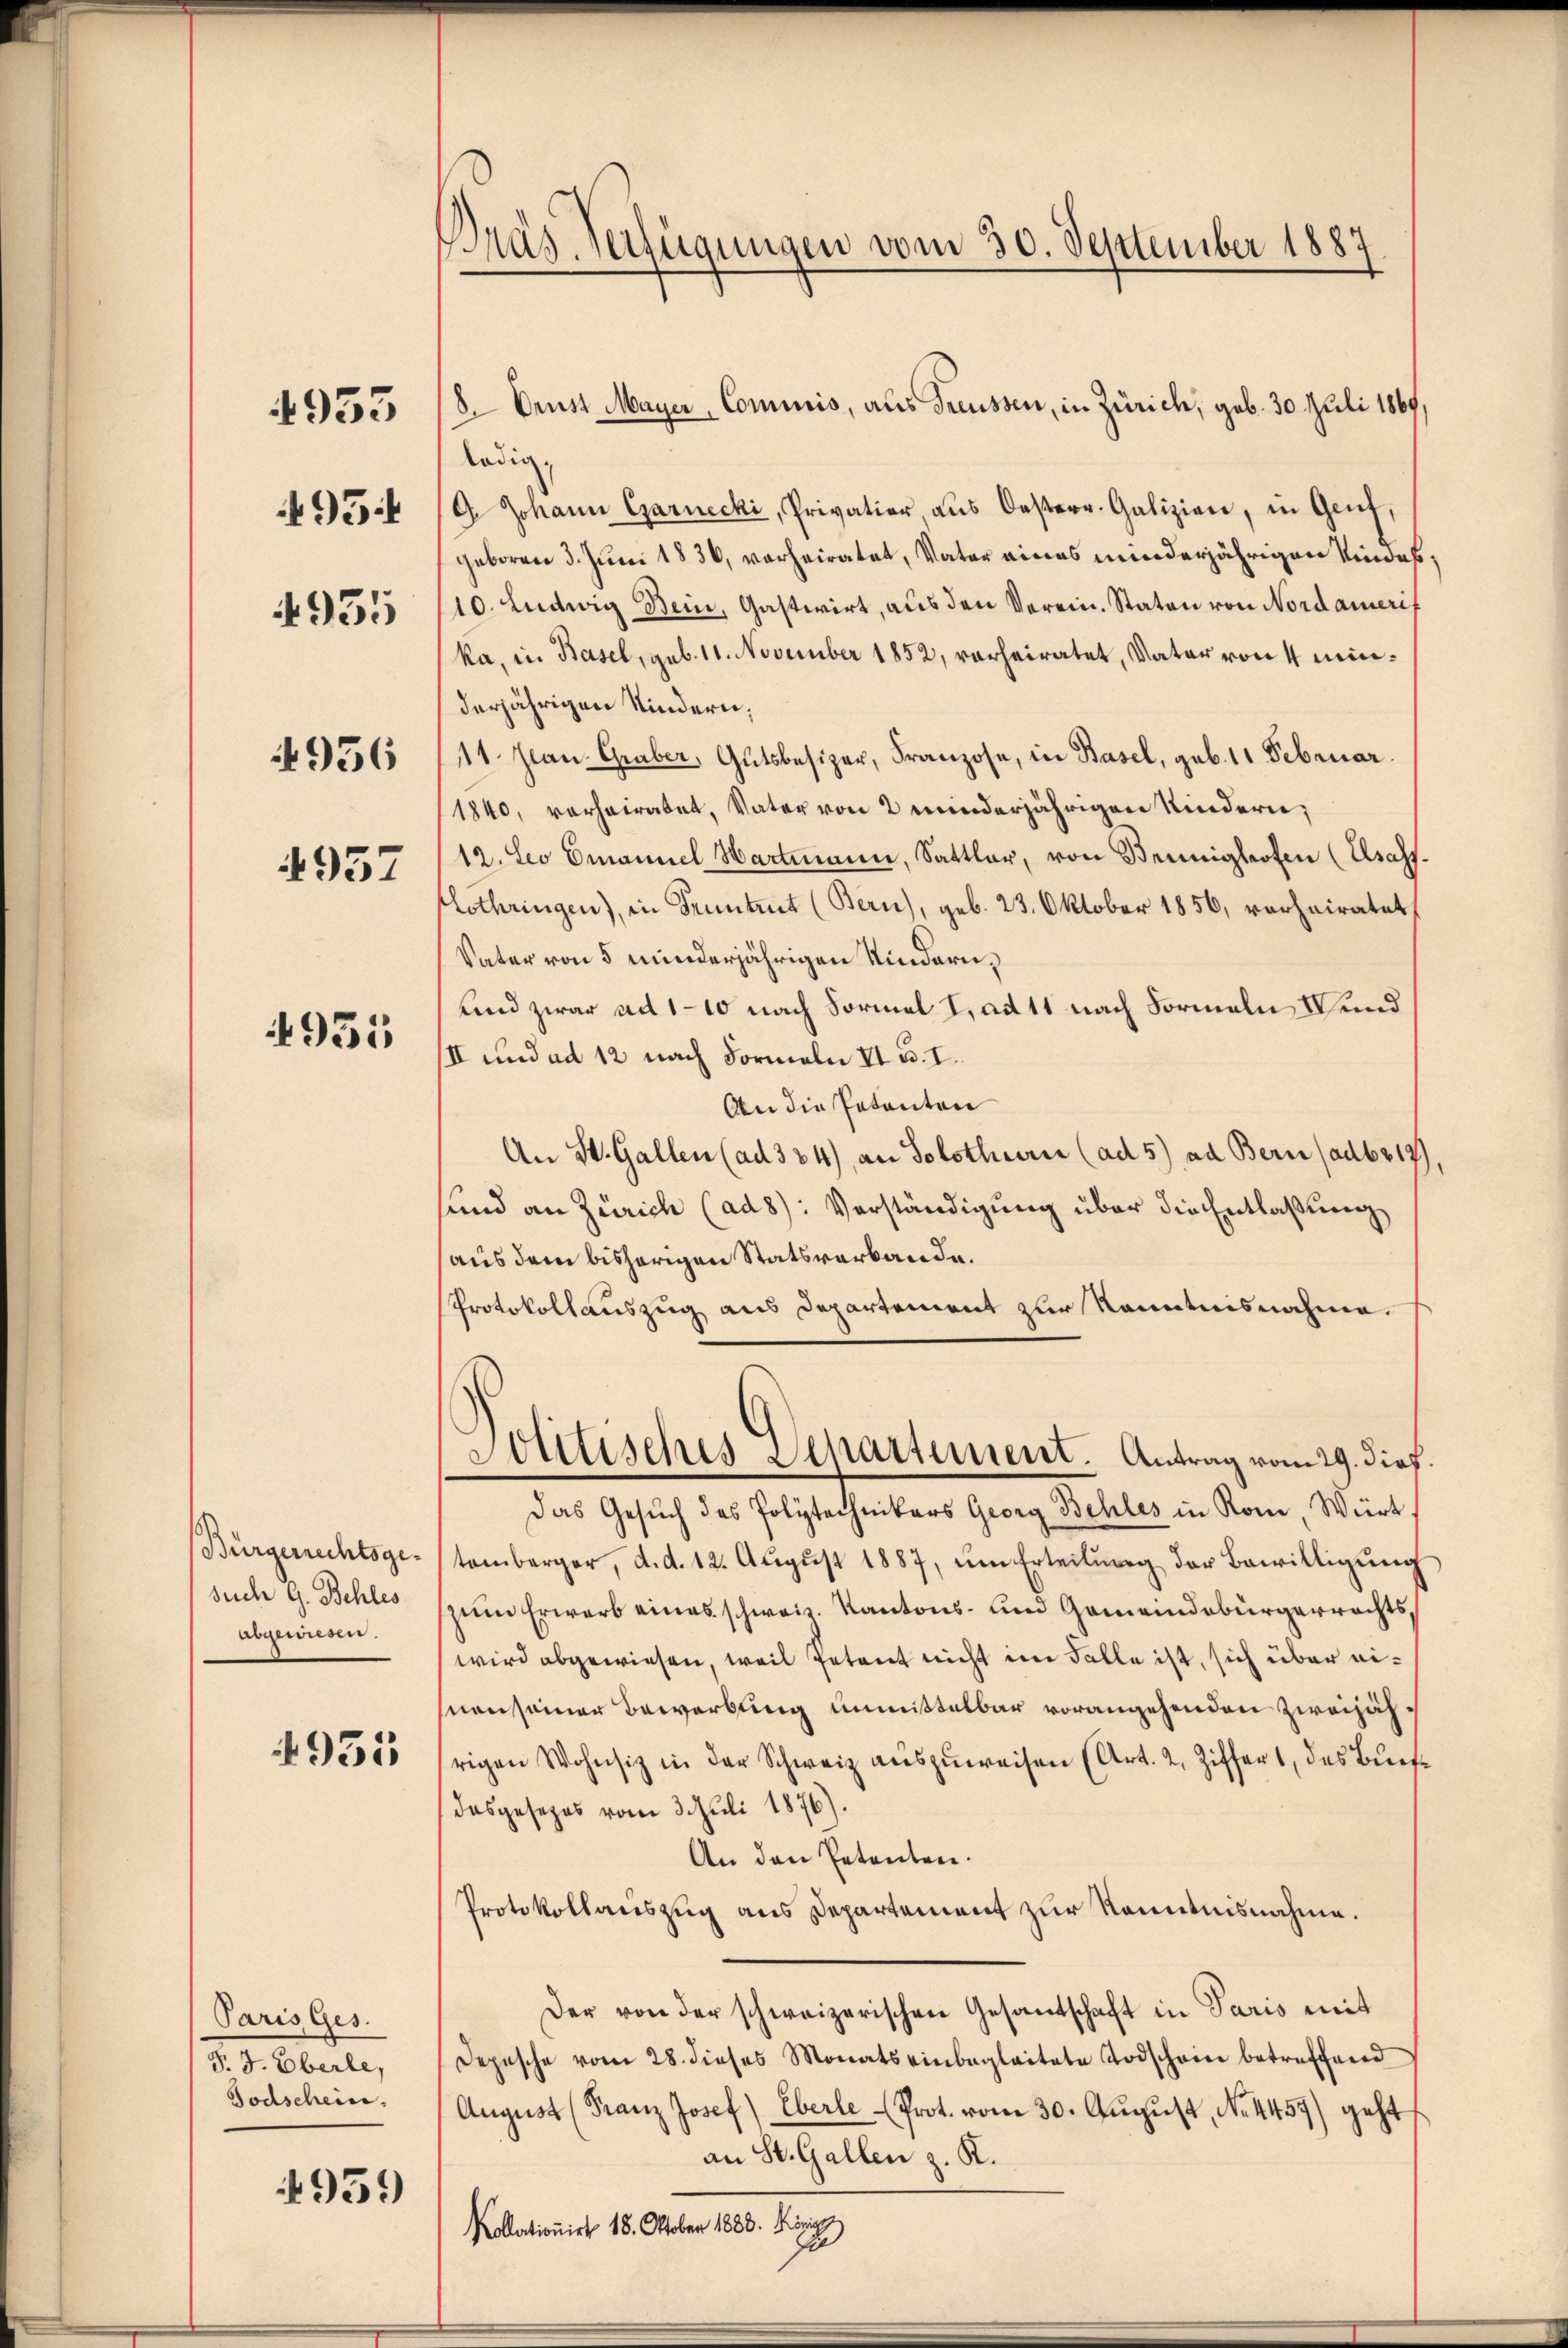
495
4955

4953

936

4957

4951

Bürgerrechtsgesuch G. Behles
abgewisen.

4955

Paris Ges.
S. J. Eberle,
Todschein

4939)

Bräs. Verfügungen vom 30. September 1887

8. Brust Mayer Commis, aus Freussen, in Zürich, geb. 30. Juli 1869,

ledig,
G. Johann Garnecki, Privation aus Oesterr. Galizien, in Genf,
geboren 3. Juni 1836, vorheiratet, Vater eines minderjährigen Kindes,
10. Ludwig Bein, Gastwirt, aus den Verein. Staten von Nordamerif
ka, in Basel, sub. 11. November 1852, verheiratet, Vater von 4 minderjährigen Kindern,
11. Jan. Graber, Gutsbesizer, Franzose, in Basel, geb. 11 Februar.
1840, vorheiratet, Vater von 2 minderjährigen Kindern,
12. Leo Emanuel Hartmann, Sattlar, von Brünighofen (Elsass.
Lothringen), in Kenntent (Bern), geb. 23. Oktober 1856, verheiratet,
Vater von 5 minderjährigen Kindern,
und zwar ad 110 nach Formel I, ad 11 nach Formeln V und
III und ad 12 nach Formeln II u. I.
An die Petenten
An St. Gallen (ad 384), an Solothurn (ad 5) ad Bern (adbr 17
sund an Zürich (ad8): Verständigung über die Entlaßung
(aus dem bisherigen Statsverbande.
Protokollauszug aus Departement zur Kenntnisnahme.
Politisches Separtement. Antrag vom 29. Dief.
Das Gesŭch des Polytechnikers Georg Behles in Rom, Würt
temberger, d. d. 12. August 1887, um Erteilung der Bewilligung
zum Erwarb eines schweiz. Kantons- und Gemeindebürgerrechtswird abgewiesen, weil Petent nicht im Falle ist, sich über einensamer Bewerbung unmittelbar vorangehenden zweijähsrigen Wohnsiz in der Schweiz auszuweisen (Art. 2, Ziffert, das Buche
dasgesezes vom 3. Juli 1876).
An den Petenten.
Protokollauszug aus Departement zur Kenntnisnahme.
Der von der schweizerischen Gesantschaft in Paris mit
Depesche vom 28. dieses Monats einbegleitete Todschein betreffend
August (Franz Josef) Eberle Prot. vom 30. Aŭgust, No. 4457) geht
an St. Gallen z. R.
Kollationirt 18. Oktober 1888. König
ju